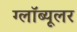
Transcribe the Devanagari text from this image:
ग्लॉब्यूलर